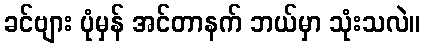
ခင်ဗျား ပုံမှန် အင်တာနက် ဘယ်မှာ သုံးသလဲ။